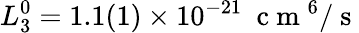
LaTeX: L_{3}^{0}=1.1(1)\times 10^{-21}~\mathrm{~c~m~}^{6}/\mathrm{~s~}